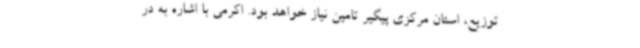
توزیع، استان مرکزی پیگیر تامین نیاز خواهد بود. اکرمی با اشاره به در